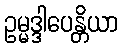
ဥမ္မဒ္ဒါပေန္တိယာ